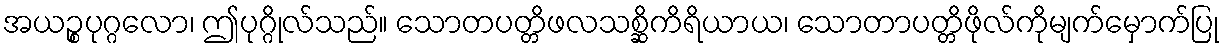
အယဉ္စပုဂ္ဂလော၊ ဤပုဂ္ဂိုလ်သည်။ သောတပတ္တိဖလသစ္ဆိကိရိယာယ၊ သောတာပတ္တိဖိုလ်ကိုမျက်မှောက်ပြု